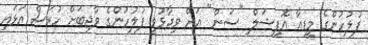
ފުލުހުންގެ މީޑިއާ އޮފިޝަލް "ސަން" އަށް ވިދާޅުވީ ފުލުހުންގެ ވާޖިބަށް ހުރަސް އަޅައި